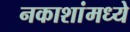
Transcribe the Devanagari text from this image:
नकाशांमध्ये